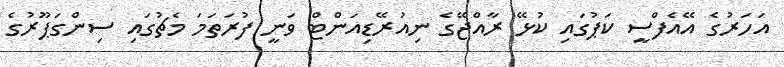
އަހަރުގެ އޭއެފްސީ ކަޕުގައި ކުޅޭ ރާއްޖޭގެ ނިއުރޭޑިއަންޓް ވަނީ ފުރަތަމަ މެޗުގައި ސިންގަޕޫރުގެ